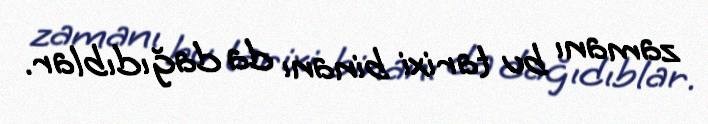
zamanı bu tarixi binanı da dağıdıblar.